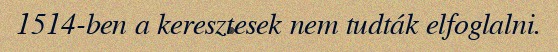
1514-ben a keresztesek nem tudták elfoglalni.